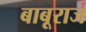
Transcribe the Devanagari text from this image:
बाबूराज